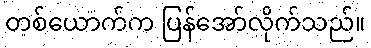
တစ်ယောက်က ပြန်အော်လိုက်သည်။